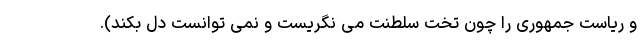
و ریاست جمهوری را چون تخت سلطنت می نگریست و نمی توانست دل بکند).